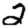
Digit: 2